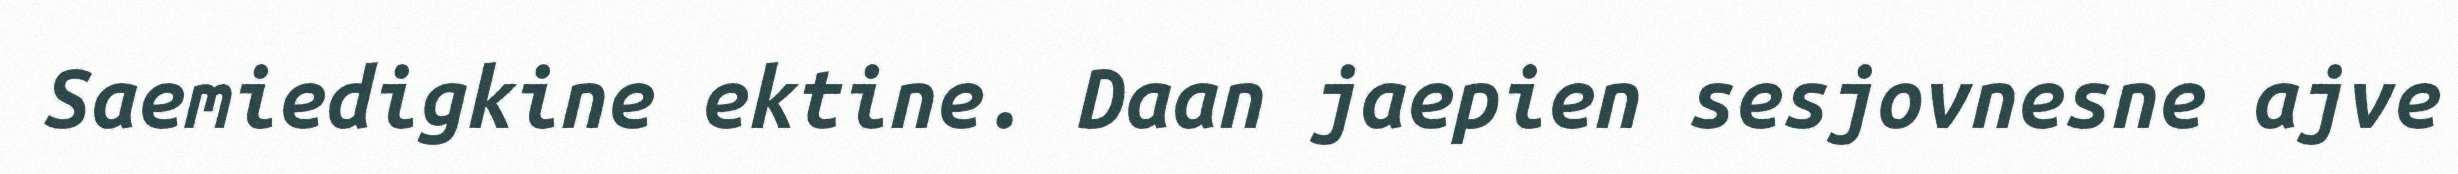
Saemiedigkine ektine. Daan jaepien sesjovnesne ajve